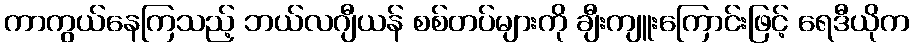
ကာကွယ်နေကြသည့် ဘယ်လဂျီယန် စစ်တပ်များကို ချီးကျူးကြောင်းဖြင့် ရေဒီယိုက